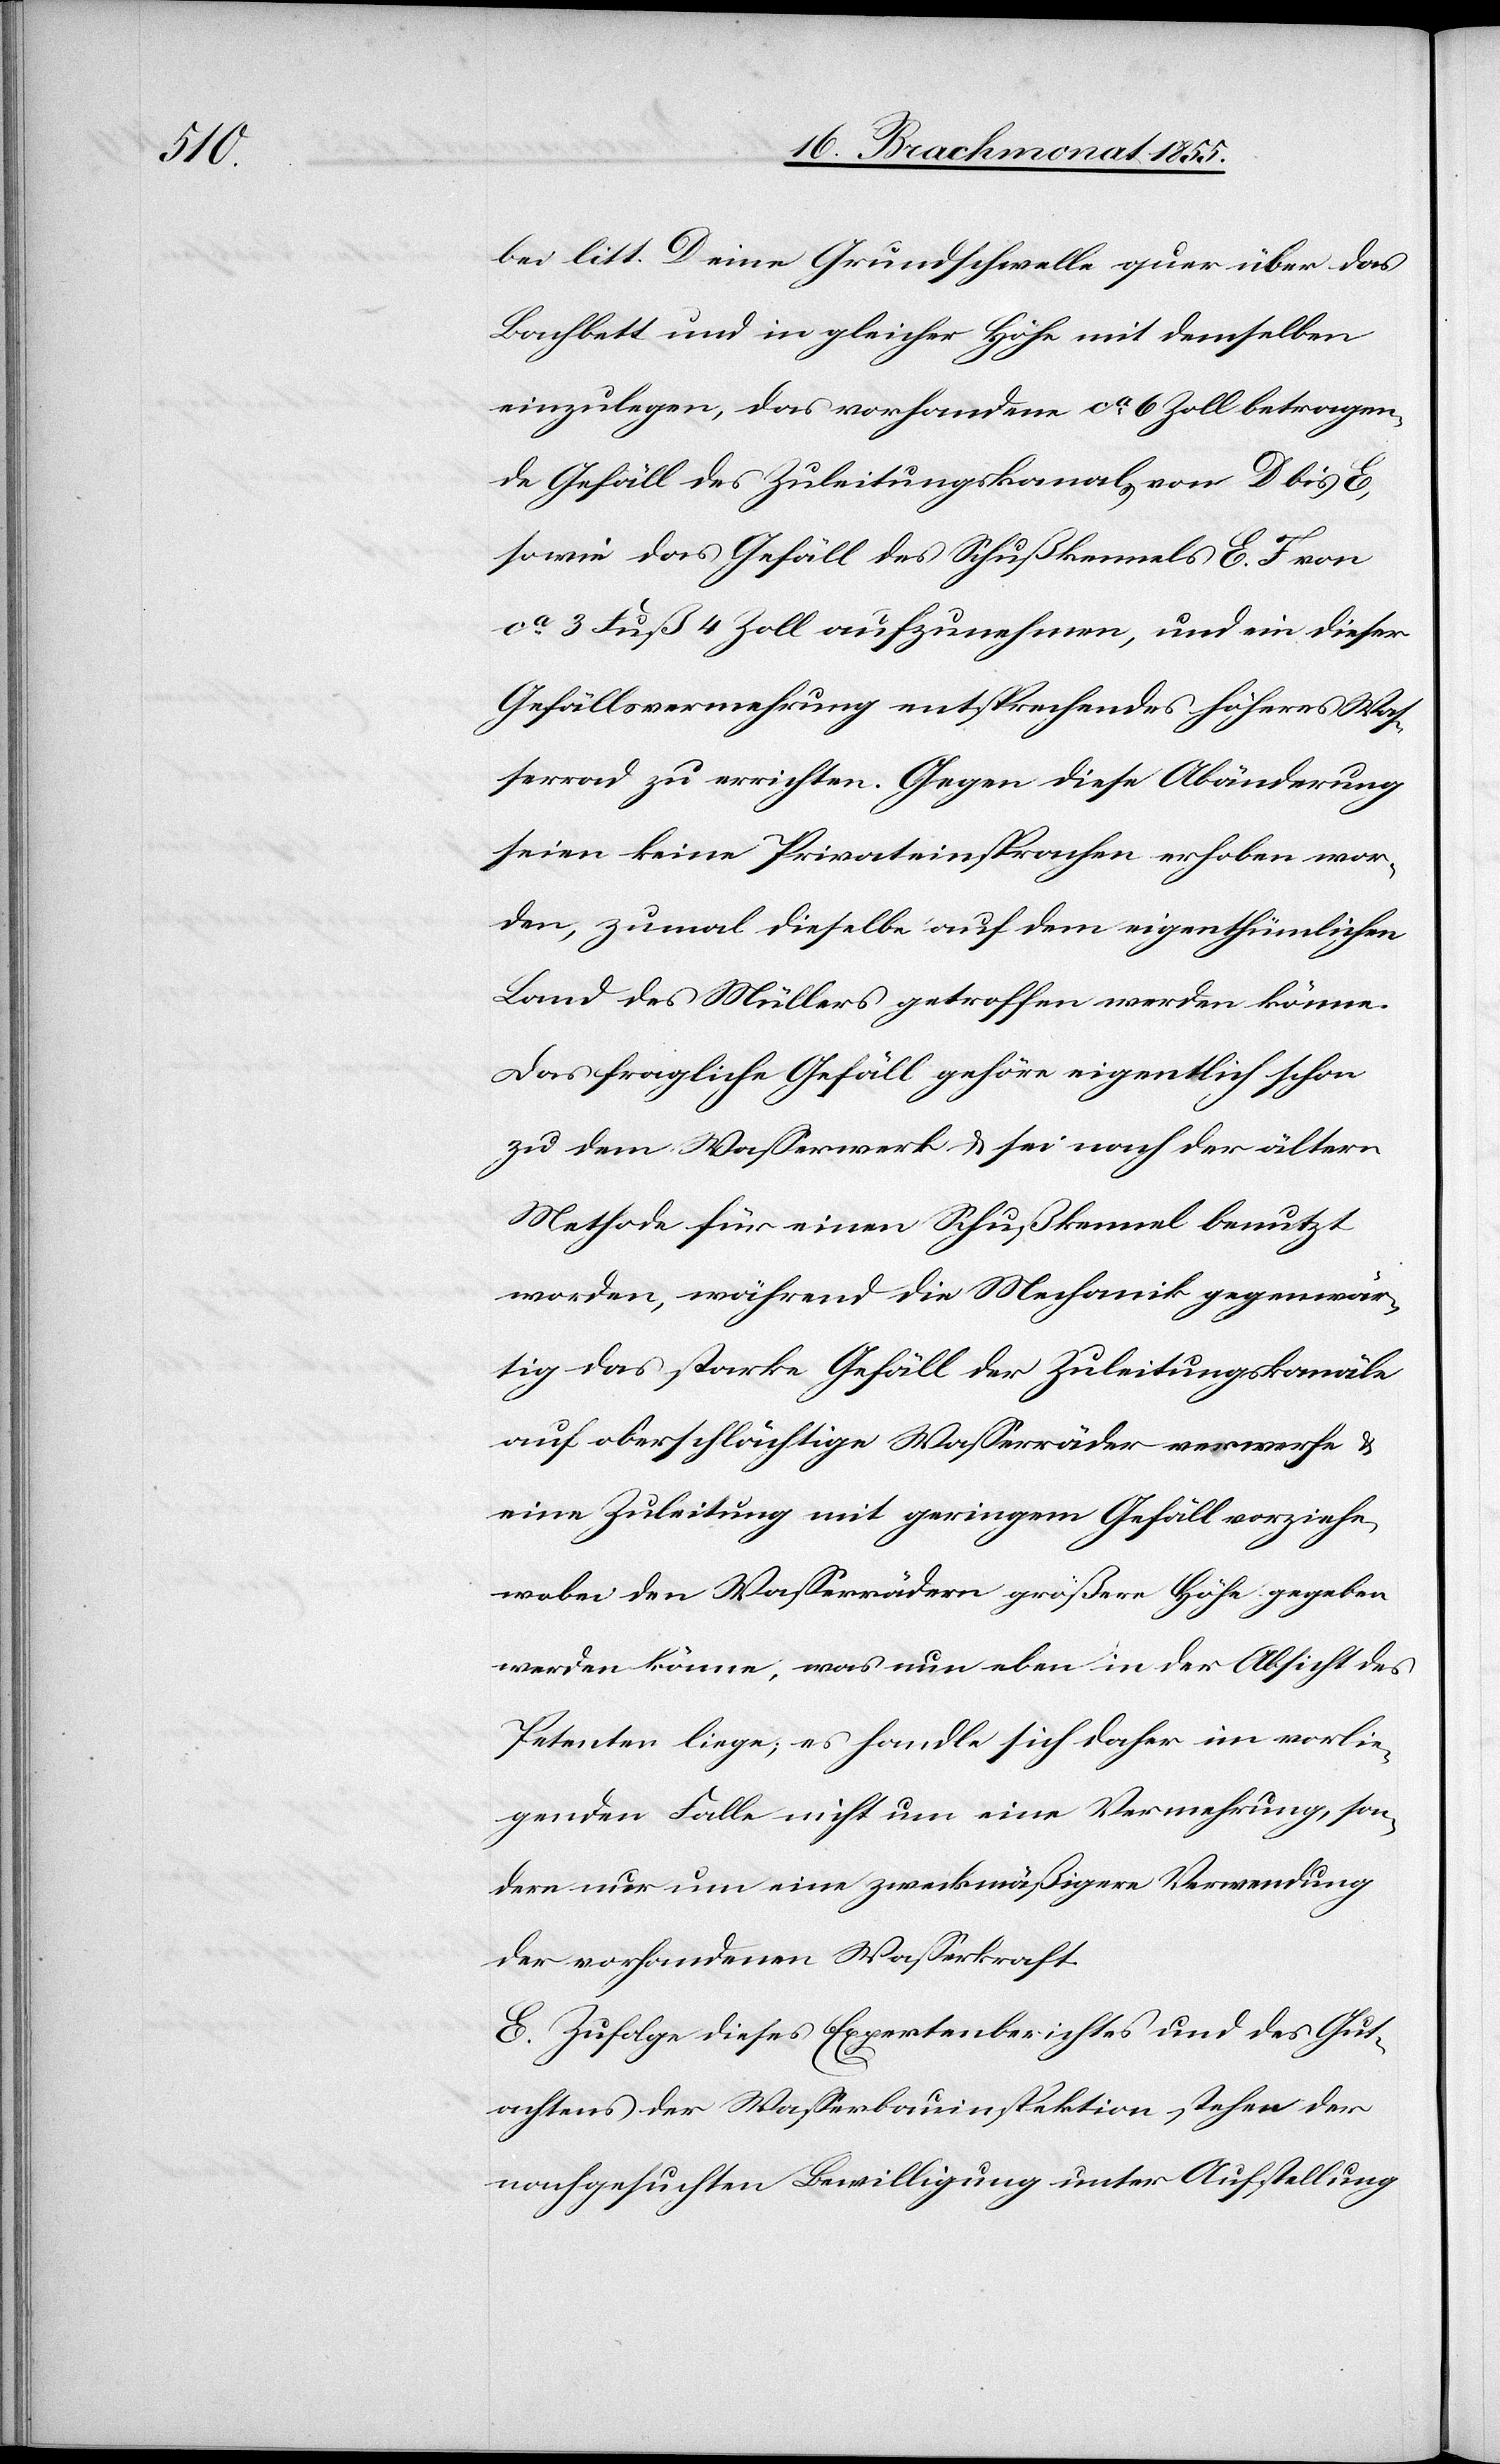
bei litt. D eine Grundschwelle quer über das
Bachbett und in gleicher Höhe mit demselben
einzulegen, das vorhandene ca. 6 Zoll betragen¬
de Gefäll des Zuleitungskanals von D bis E,
sowie das Gefäll des Schußkennels E. F von
ca. 3 Fuß 4 Zoll aufzunehmen, und ein dieser
Gefällsvermehrung entsprechendes höheres Was¬
serrad zu errichten. Gegen diese Abänderung
seien keine Privateinsprachen erhoben wor¬
den, zumal dieselbe auf dem eigenthümlichen
Land des Müllers getroffen werden könne.
Das fragliche Gefäll gehöre eigentlich schon
zu dem Wasserwerk & sei nach der ältern
Methode für einen Schußkennel benutzt
worden, während die Mechanik gegenwär¬
tig das starke Gefäll der Zuleitungskanäle
auf oberschlächtige Wasserräder verwerfe &
eine Zuleitung mit geringem Gefäll vorziehe,
wobei den Wasserrädern größere Höhe gegeben
werden könne, was nun eben in der Absicht des
Petenten liege; es handle sich daher im vorlie¬
genden Falle nicht um eine Vermehrung, son¬
dern nur um eine zweckmäßigere Verwendung
der vorhandenen Wasserkraft.
E. Zufolge dieses Expertenberichtes und des Gut¬
achtens der Wasserbauinspektion stehen der
nachgesuchten Bewilligung unter Aufstellung